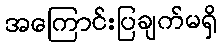
အကြောင်းပြချက်မရှိ